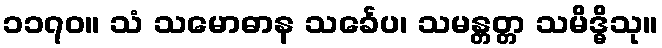
၁၁၇၀။ သံ သမောဓာန သင်္ခေပ၊ သမန္တတ္တ သမိဒ္ဓိသု။